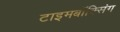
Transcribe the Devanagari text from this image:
टाइमबॉक्सिंग